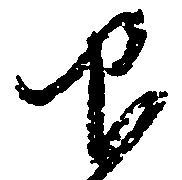
仰